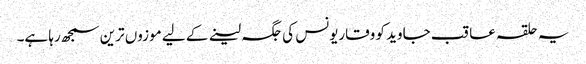
یہ حلقہ عاقب جاوید کو وقاریونس کی جگہ لینے کے لیے موزوں ترین سمجھ رہا ہے۔